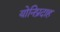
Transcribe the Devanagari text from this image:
योनिप्रदाह